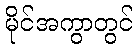
မိုင်အကွာတွင်